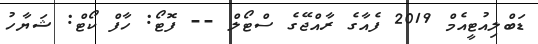
ޑަބްލިއުޓީއެމް 2019 ފެއާގެ ރާއްޖޭގެ ސްޓޯލް -- ފޮޓޯ: ހާފް ކޯޓް: ޝަޔާހު